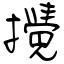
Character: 攪